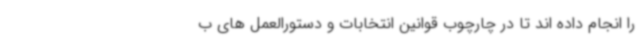
را انجام داده اند تا در چارچوب قوانین انتخابات و دستورالعمل های ب